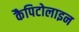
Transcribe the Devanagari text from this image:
कैपिटोलाइन